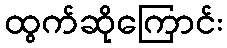
ထွက်ဆိုကြောင်း